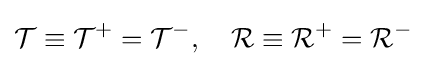
{\mathcal {T}}\equiv {\mathcal {T}}^{+}={\mathcal {T}}^{-},\quad {\mathcal {R}}\equiv {\mathcal {R}}^{+}={\mathcal {R}}^{-}